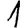
Digit: 1